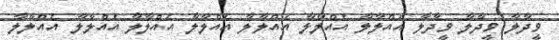
ވީދާލާ ވީދާލާ ވީދާލާ އެއްލާލާ އެއްލާލާ އެއްލާލާ އެއްލާލާ އެއްލާލާ އެއްލާލާ އެއްލާލާ